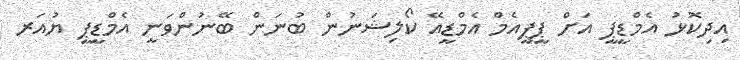
އިދިކޮޅު އެމްޑީޕީ އަށް ޕީޕީއެމް އެމްޑީއޭ ކޯލިޝަނުން ބުނަން ބޭނުންވަނީ އެމްޑީޕީ ޔުއަރ